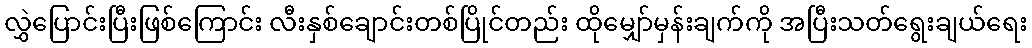
လွှဲပြောင်းပြီးဖြစ်ကြောင်း လီးနှစ်ချောင်းတစ်ပြိုင်တည်း ထိုမျှော်မှန်းချက်ကို အပြီးသတ်ရွေးချယ်ရေး